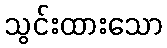
သွင်းထားသော